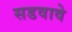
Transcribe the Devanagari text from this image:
सडवावे